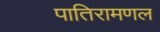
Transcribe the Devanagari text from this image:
पातिरामणल